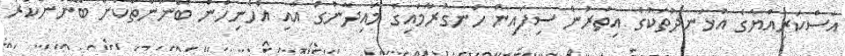
އަސްކަރިއްޔާގެ އުޅަނދުތަކުގެ އިތުރުން ސިފައިން ހަނގުރާމައިގެ މައިދާނުގަ އާއި އެހެނިހެން ބޭނުންތަކަށް ބޭނުންކުރާ